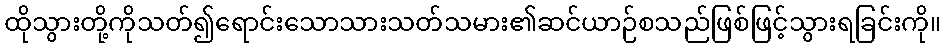
ထိုသွားတို့ကိုသတ်၍ရောင်းသောသားသတ်သမား၏ဆင်ယာဉ်စသည်ဖြစ်ဖြင့်သွားရခြင်းကို။